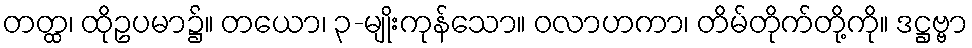
တတ္ထ၊ ထိုဥပမာ၌။ တယော၊ ၃-မျိုးကုန်သော။ ဝလာဟကာ၊ တိမ်တိုက်တို့ကို။ ဒဋ္ဌဗ္ဗာ